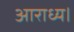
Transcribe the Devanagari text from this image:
आराध्य।